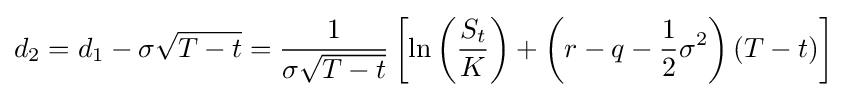
d_{2}=d_{1}-\sigma {\sqrt {T-t}}={\frac {1}{\sigma {\sqrt {T-t}}}}\left[\ln \left({\frac {S_{t}}{K}}\right)+\left(r-q-{\frac {1}{2}}\sigma ^{2}\right)(T-t)\right]